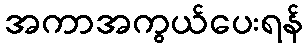
အကာအကွယ်ပေးရန်